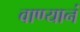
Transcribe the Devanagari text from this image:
वाण्यानं